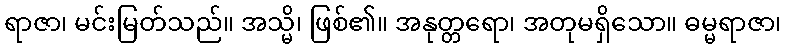
ရာဇာ၊ မင်းမြတ်သည်။ အသ္မိ၊ ဖြစ်၏။ အနုတ္တရော၊ အတုမရှိသော။ ဓမ္မရာဇာ၊